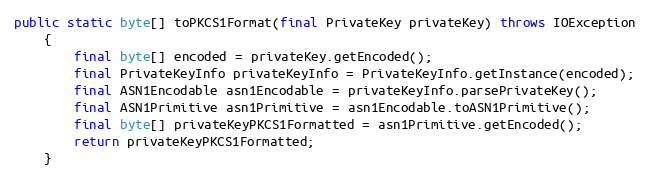
Language: Java
public static byte[] toPKCS1Format(final PrivateKey privateKey) throws IOException
	{
		final byte[] encoded = privateKey.getEncoded();
		final PrivateKeyInfo privateKeyInfo = PrivateKeyInfo.getInstance(encoded);
		final ASN1Encodable asn1Encodable = privateKeyInfo.parsePrivateKey();
		final ASN1Primitive asn1Primitive = asn1Encodable.toASN1Primitive();
		final byte[] privateKeyPKCS1Formatted = asn1Primitive.getEncoded();
		return privateKeyPKCS1Formatted;
	}